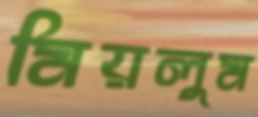
মিয়লুম